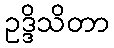
ဥဒ္ဒိသိတာ